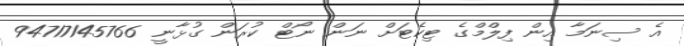
އެ ސިނަމާ އިން ފިލްމްގެ ޓިކެޓަށް ނަން ނޯޓް ކުރަން ގުޅާނީ 94717145766